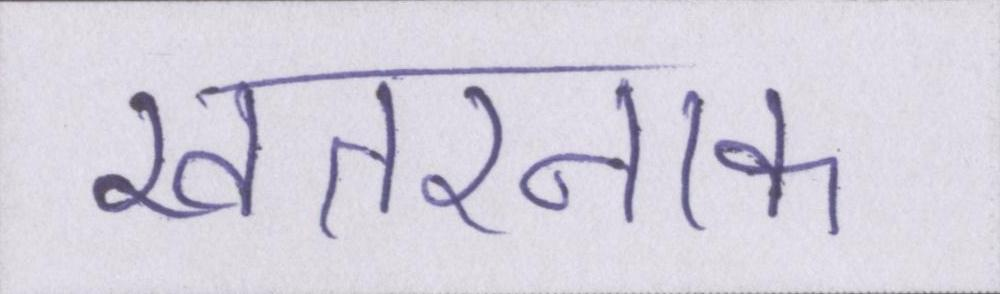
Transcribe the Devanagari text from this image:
खतरनाक